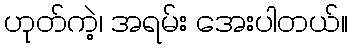
ဟုတ်ကဲ့၊ အရမ်း အေးပါတယ်။